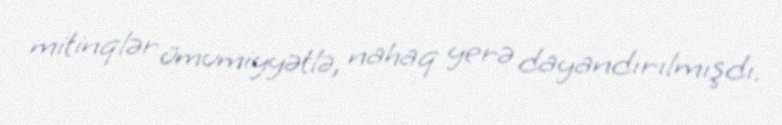
mitinqlər ümumiyyətlə, nahaq yerə dayandırılmışdı.